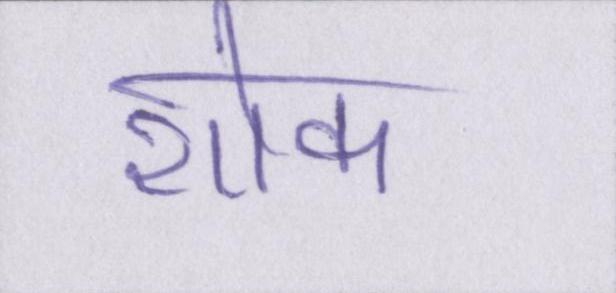
शौक